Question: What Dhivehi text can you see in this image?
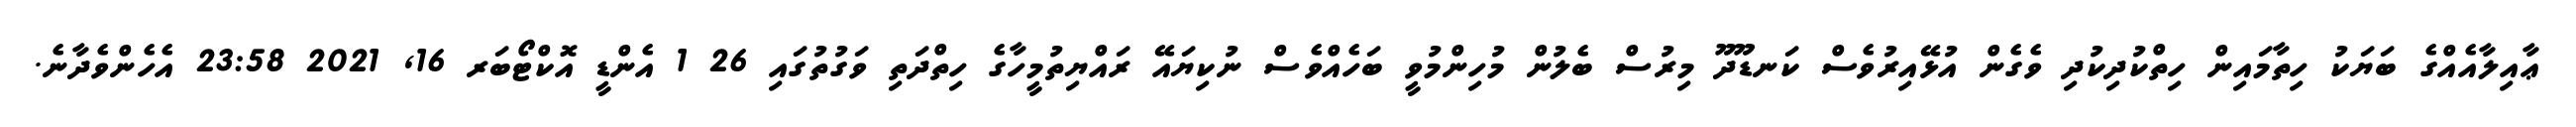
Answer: ޢާއިލާއެއްގެ ބަޔަކު ހިތާމައިން ހިތްކުދިކުދި ވެގެން އުޅޭއިރުވެސް ކަނޑޫދޫ މިރުސް ބެލުން މުހިންމުވީ ބަހެއްވެސް ނުކިޔައޭ ރައްޔިތުމީހާގެ ހިތްދަތި ވަގުތުގައި 26 1 އެންޑީ އޮކްޓޯބަރ 16, 2021 23:58 އެހެންވެދާނެ.